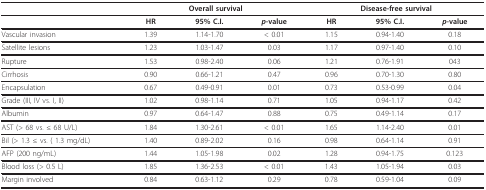
|  | <COLSPAN=3> Overall survival | <COLSPAN=3> Disease-free survival |
 | --- | --- | --- | --- | --- | --- | --- |
 |  | HR | 95% C.I. | p-value | HR | 95% C.I. | p-value |
 | Vascular invasion | 1.39 | 1.14-1.70 | < 0.01 | 1.15 | 0.94-1.40 | 0.18 |
 | Satellite lesions | 1.23 | 1.03-1.47 | 0.03 | 1.17 | 0.97-1.40 | 0.10 |
 | Rupture | 1.53 | 0.98-2.40 | 0.06 | 1.21 | 0.76-1.91 | 043 |
 | Cirrhosis | 0.90 | 0.66-1.21 | 0.47 | 0.96 | 0.70-1.30 | 0.80 |
 | Encapsulation | 0.67 | 0.49-0.91 | 0.01 | 0.73 | 0.53-0.99 | 0.04 |
 | Grade (III, IV vs. I, II) | 1.02 | 0.98-1.14 | 0.71 | 1.05 | 0.94-1.17 | 0.42 |
 | Albumin | 0.97 | 0.64-1.47 | 0.88 | 0.75 | 0.49-1.14 | 0.17 |
 | AST (> 68 vs. ≤ 68 U/L) | 1.84 | 1.30-2.61 | < 0.01 | 1.65 | 1.14-2.40 | 0.01 |
 | Bil (> 1.3 ≤ vs. ( 1.3 mg/dL) | 1.40 | 0.89-2.02 | 0.16 | 0.98 | 0.64-1.14 | 0.91 |
 | AFP (200 ng/mL) | 1.44 | 1.05-1.98 | 0.02 | 1.28 | 0.94-1.75 | 0.123 |
 | Blood loss (> 0.5 L) | 1.85 | 1.36-2.53 | < 0.01 | 1.43 | 1.05-1.94 | 0.03 |
 | Margin involved | 0.84 | 0.63-1.12 | 0.29 | 0.78 | 0.59-1.04 | 0.09 |